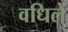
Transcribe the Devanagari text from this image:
वधिले